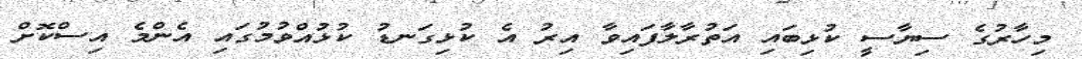
މިހާރުގެ ސިޔާސީ ކުޅިބައި އަތުރާލާފައިވާ އިރު އެ ކުޅިގަނޑު ކުޅުއްވުމުގައި އެންމެ އިސްކޮށް